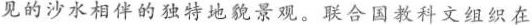
见的沙水相伴的独特地貌景观。联合国教科文组织在